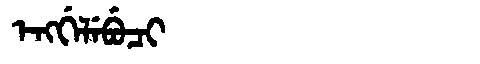
Manchu: ᡝᠩᡤᡝᠯᡝᠪᡠᠴᡳ
Romanization: ENGGELEBUCI